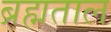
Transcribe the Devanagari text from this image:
ब्रह्मताल